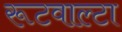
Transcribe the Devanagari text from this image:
रूटवाल्टा